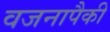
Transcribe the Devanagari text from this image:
वजनापैकी